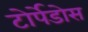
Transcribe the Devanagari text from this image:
टोर्पेडोस